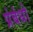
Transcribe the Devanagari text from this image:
प्रंबंधो